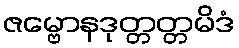
ဇမ္ဗောနဒုတ္တတ္တမိဒံ